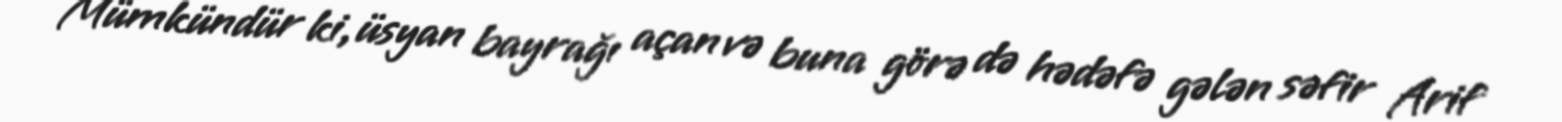
Mümkündür ki, üsyan bayrağı açan və buna görə də hədəfə gələn səfir Arif